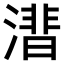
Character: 𣾝